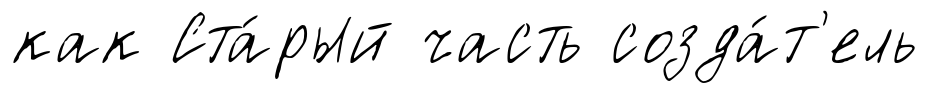
как Ста́рый часть созда́т'ель